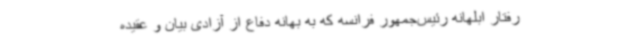
رفتار ابلهانه رئیس‌جمهور فرانسه که به بهانه دفاع از آزادی بیان و عقیده